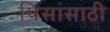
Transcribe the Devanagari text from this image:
पिसांसाठी